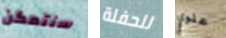
سنتمكن للحفلة علوي